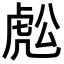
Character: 𧆷